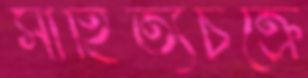
সাহিত্যচক্রে